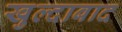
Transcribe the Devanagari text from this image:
खुल्‍दाबाद